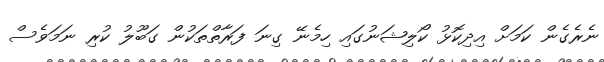
ނެރެގެން ކަމަށް އިދިކޮޅު ކޯލިޝަނުގައި ހިމެނޭ ގިނަ ފަރާތްތަކުން ގަބޫލު ކުރި ނަމަވެސް